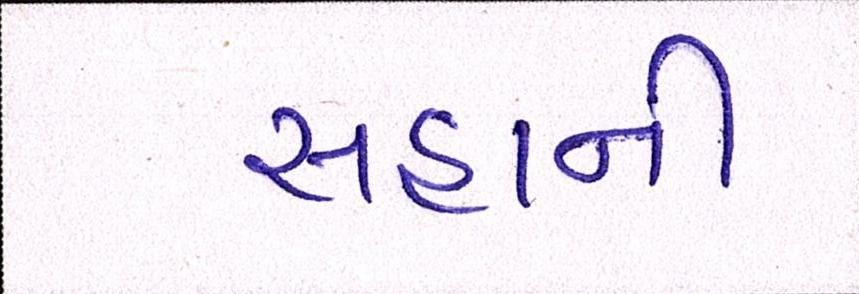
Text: સહાની